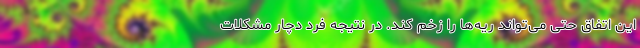
این اتفاق حتی می‌تواند ریه‌ها را زخم کند. در نتیجه فرد دچار مشکلات